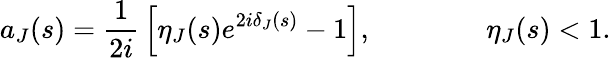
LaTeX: a_{J}(s)=\displaystyle{\frac{1}{2i}}\left[\eta_{J}(s)e^{2i\delta_{J}(s)}-1\right],\qquad\qquad\eta_{J}(s)<1.